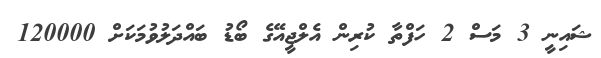
ޝައިނީ 3 މަސް 2 ހަފްތާ ކުރިން އެލްޖީއޭގެ ބޯޑު ބައްދަލުވުމަކަށް 120000